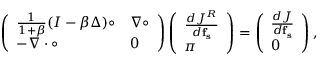
\left( \begin{array} { l l } { \frac { 1 } { 1 + \beta } ( I - \beta \Delta ) \circ } & { \nabla \circ } \\ { - \nabla \cdot \circ } & { 0 } \end{array} \right) \left( \begin{array} { l } { \frac { d J ^ { R } } { d \mathbf { f _ { s } } } } \\ { \pi } \end{array} \right) = \left( \begin{array} { l } { \frac { d J } { d \mathbf { f _ { s } } } } \\ { 0 } \end{array} \right) ,